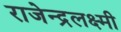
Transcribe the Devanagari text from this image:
राजेन्द्रलक्ष्मी